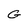
Character: G